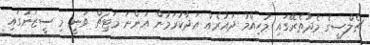
ޗެލްސީގެ މެދުތެރޭގައި މުހިއްމު ދައުރެއް އަދާކުރަމުން އަންނަ މަޓިޗް ވަނީ މި ސީޒަނުގައި